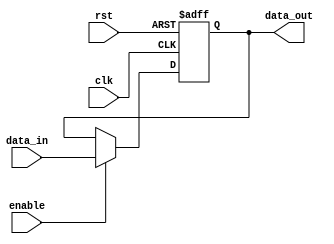
module Cascade_Bypass_Register (
    input wire clk,
    input wire rst,
    input wire enable,
    input wire [7:0] data_in,
    output reg [7:0] data_out
);

reg [7:0] register;

always @(posedge clk or posedge rst) begin
    if (rst) begin
        register <= 8'b0;
    end else if (enable) begin
        register <= data_in;
    end
end

assign data_out = register;

endmodule